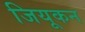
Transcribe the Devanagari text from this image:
जियूकन